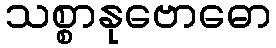
သစ္စာနုဗောဓော